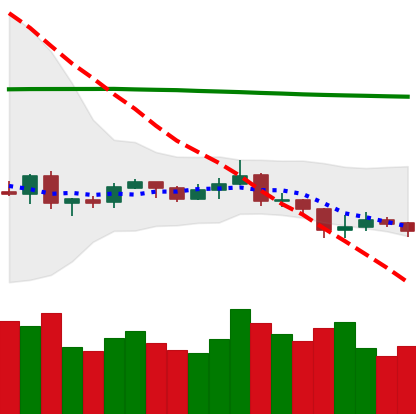
Ticker: XRP-USD
Chart end date: 2019-08-13
Forward return: -4.717%
Label: down_3_5